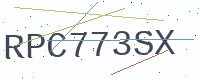
Text: RPC773SX